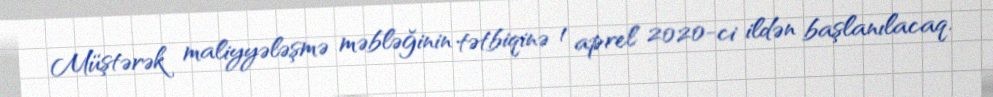
Müştərək maliyyələşmə məbləğinin tətbiqinə 1 aprel 2020-ci ildən başlanılacaq.